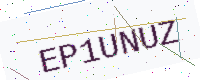
Text: EP1UNUZ